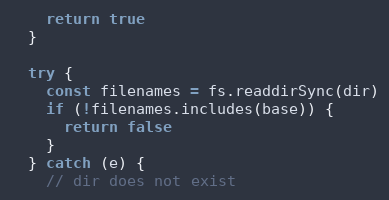
Language: JavaScript
    return true
  }

  try {
    const filenames = fs.readdirSync(dir)
    if (!filenames.includes(base)) {
      return false
    }
  } catch (e) {
    // dir does not exist